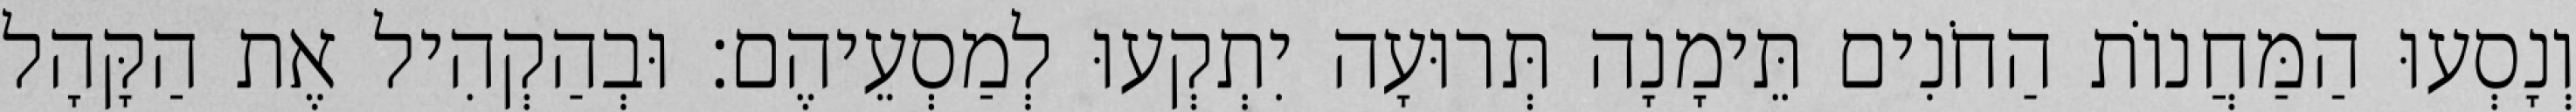
וְנָסְעוּ הַמַּחֲנוֹת הַחֹנִים תֵּימָנָה תְּרוּעָה יִתְקְעוּ לְמַסְעֵיהֶם׃ וּבְהַקְהִיל אֶת הַקָּהָל